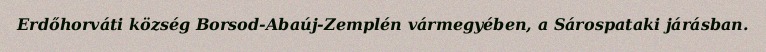
Erdőhorváti község Borsod-Abaúj-Zemplén vármegyében, a Sárospataki járásban.